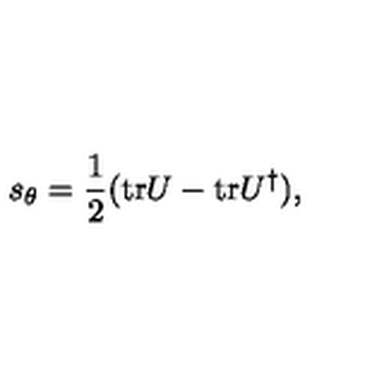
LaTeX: s _ { \theta } = \frac { 1 } { 2 } ( \mathrm { t r } U - \mathrm { t r } U ^ { \dag } ) ,